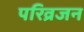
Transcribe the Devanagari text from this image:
परिव्रजन